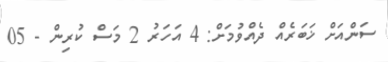
ސަންއަށް ޚަބަރެއް ދެއްވުމަށް: 4 އަހަރު 2 މަސް ކުރިން - 05